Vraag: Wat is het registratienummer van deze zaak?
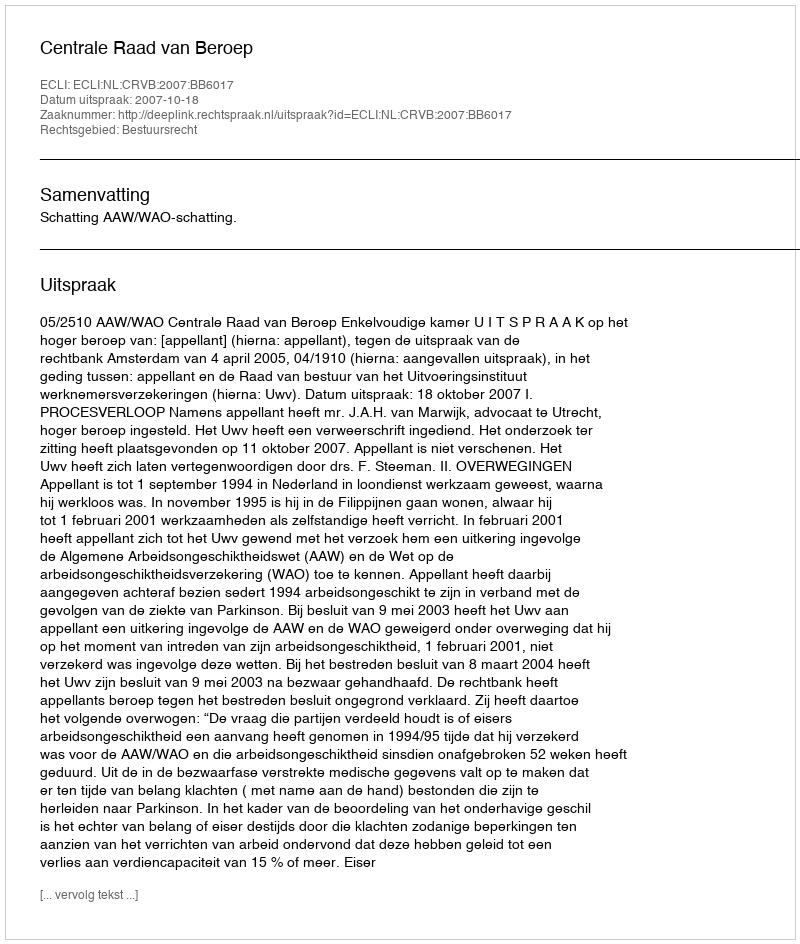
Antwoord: http://deeplink.rechtspraak.nl/uitspraak?id=ECLI:NL:CRVB:2007:BB6017